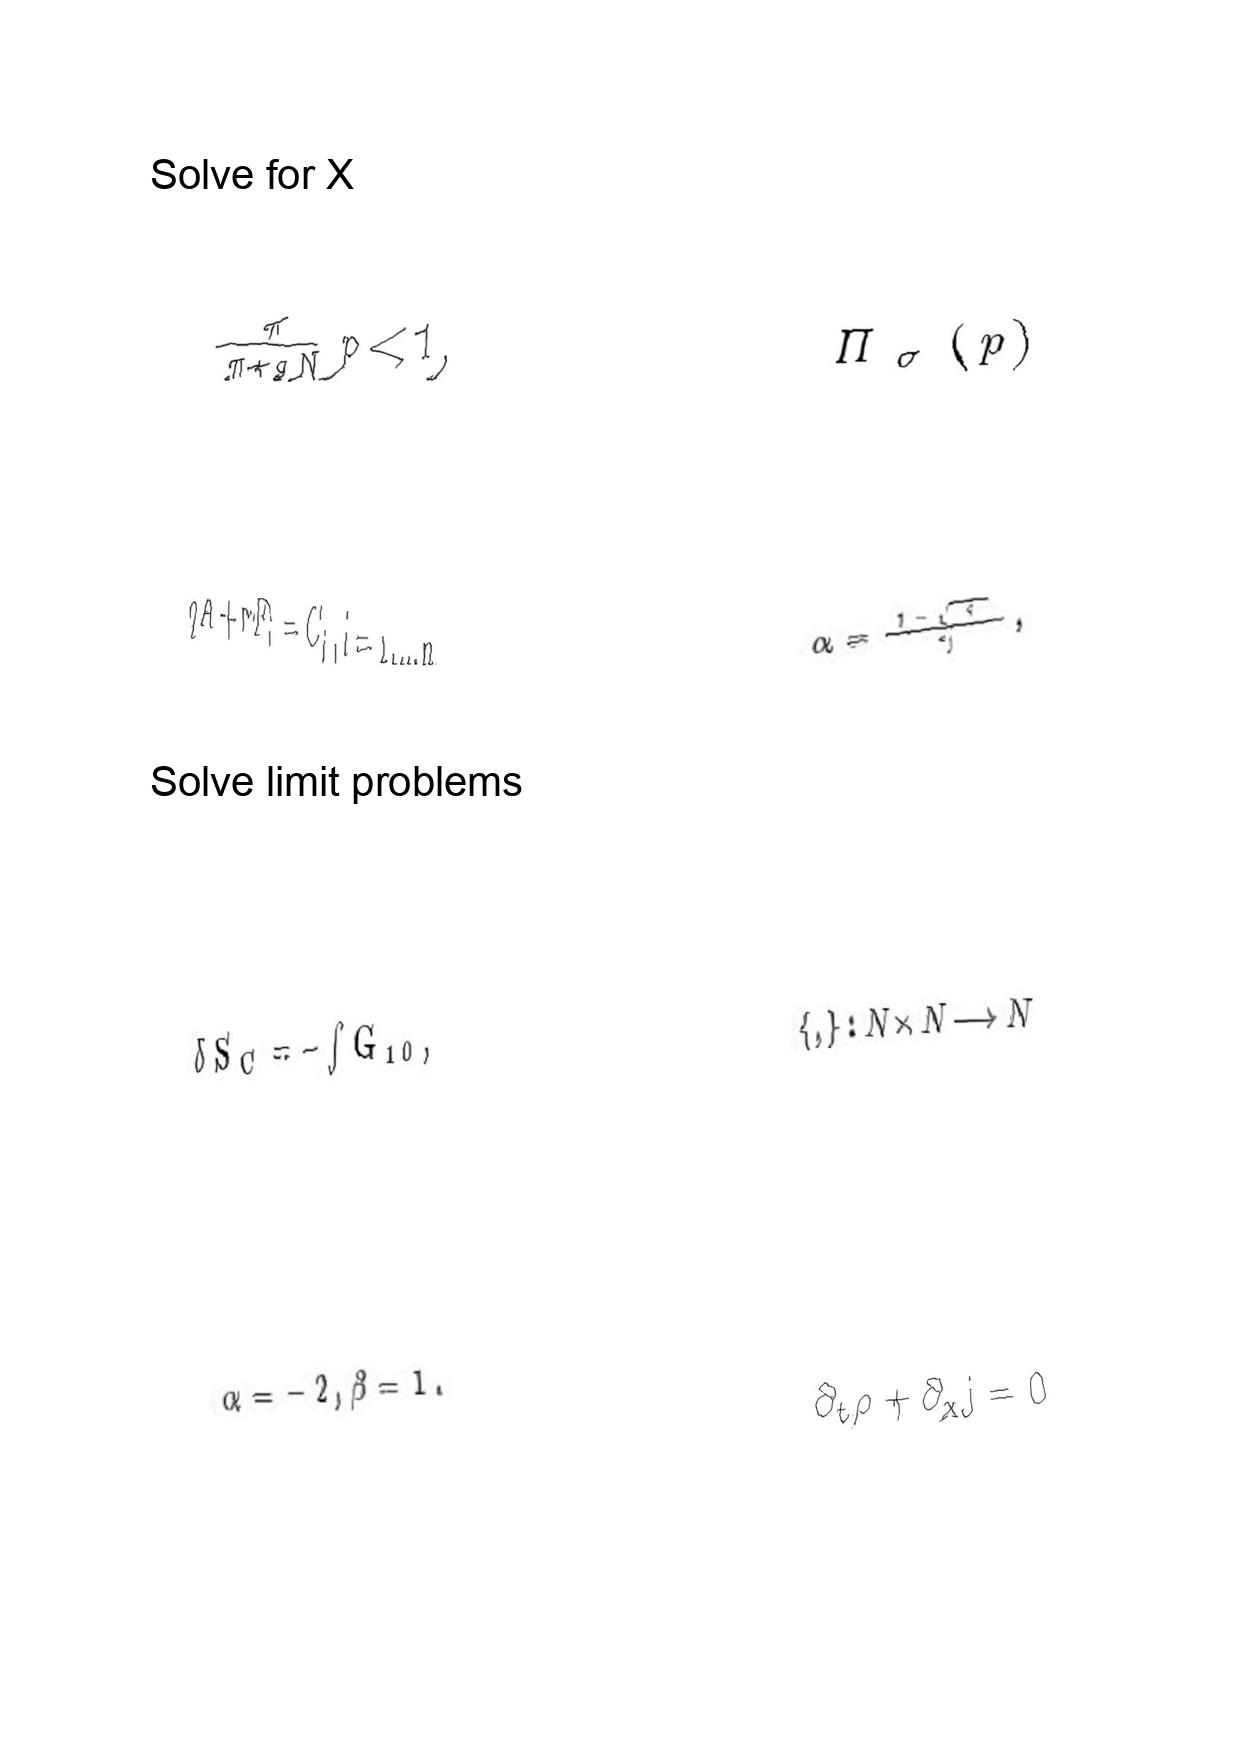
LaTeX transcription:
\frac { \pi } { \pi + g N } p \lt 1 ,
q A + r F _ { i } = C _ { i } , i = 1 , . . . n
\delta S _ { C } = - \int G _ { 1 0 } ,
\alpha = - 2 , \beta = 1 .
\Pi _ { \sigma } \lparen p \rparen
\alpha = \frac { 1 - \sqrt { \tau } } { \gamma } ,
\lbrace , \rbrace : N \times N \longrightarrow N
\partial _ { t } \rho + \partial _ { x } j = 0